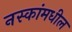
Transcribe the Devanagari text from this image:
नस्कांमधील